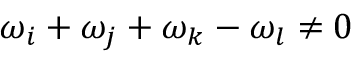
\omega _ { i } + \omega _ { j } + \omega _ { k } - \omega _ { l } \neq 0